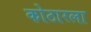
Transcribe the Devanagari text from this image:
कोठारला